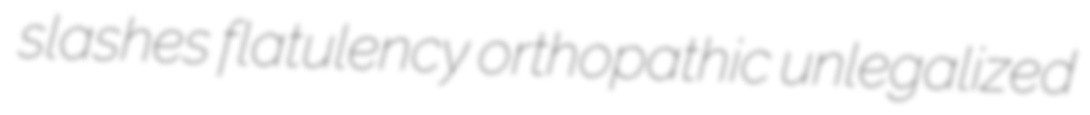
slashes flatulency orthopathic unlegalized